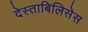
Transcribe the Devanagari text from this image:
देस्ताबिलिसेस